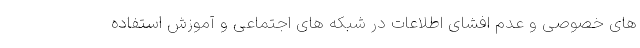
های خصوصی و عدم افشای اطلاعات در شبکه های اجتماعی و آموزش استفاده